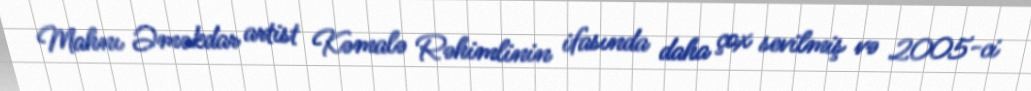
Mahnı Əməkdar artist Kəmalə Rəhimlinin ifasında daha çox sevilmiş və 2005-ci